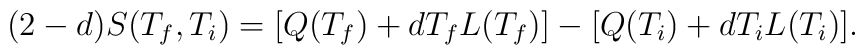
(2-d) S(T_f,T_i) = [Q(T_f) + d T_f L(T_f)] - [Q(T_i) +d T_i L(T_i)] .